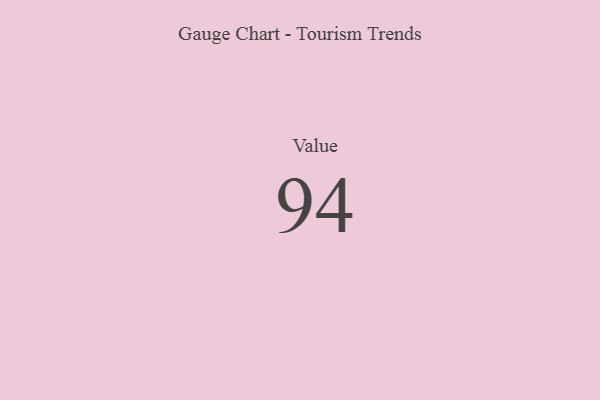
{"axis": {"x": "Metric", "y": "Value"}, "legend": [""], "data": [{"x": "Value", "y": 94, "type": ""}]}